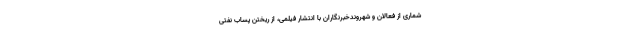
شماری از فعالان و شهروندخبرنگاران با انتشار فیلمی، از ریختن پساب نفتی